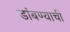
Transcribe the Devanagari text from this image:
डांबण्याची